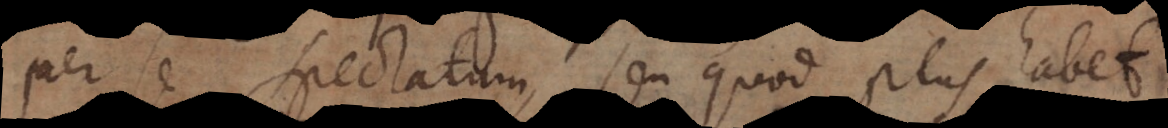
per se spectatum, seu quod plus habet